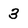
Character: 3